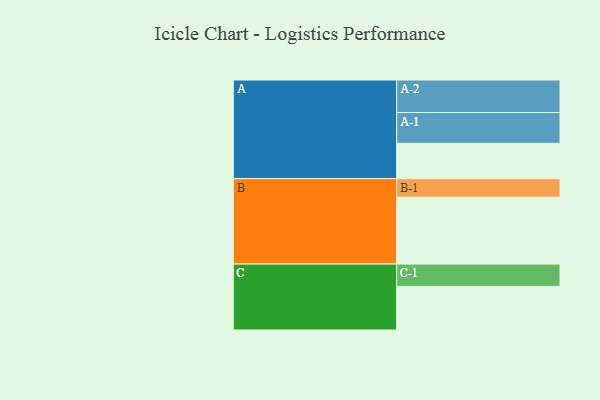
{"axis": {"x": "Segment", "y": "Value"}, "legend": ["", "A", "B", "C"], "data": [{"x": "A", "y": 309, "type": ""}, {"x": "B", "y": 584, "type": ""}, {"x": "C", "y": 381, "type": ""}, {"x": "A-1", "y": 269, "type": "A"}, {"x": "A-2", "y": 284, "type": "A"}, {"x": "B-1", "y": 162, "type": "B"}, {"x": "C-1", "y": 195, "type": "C"}]}